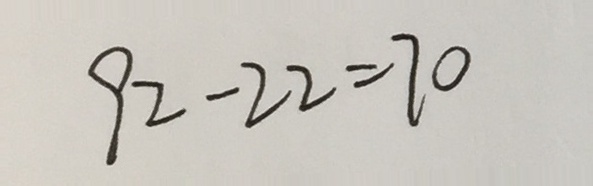
9 2 - 2 2 = 7 0